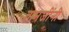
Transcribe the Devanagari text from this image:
तानजींनी